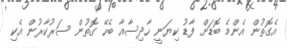
އެގޮތުން އެންމެ ބޮޑަށް ފާޑު ކިޔަނީ ހާދިސާއާ ބެހޭ ގޮތުން ސަރުކާރުން އެކި